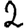
Digit: 2